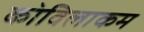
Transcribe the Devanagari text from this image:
कोविलाकम